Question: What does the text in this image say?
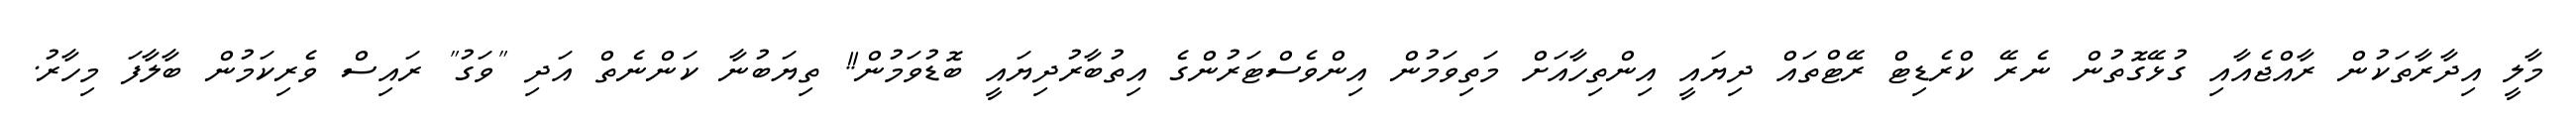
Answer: މާލީ އިދާރާތަކުން ރާއްޖެއާއި ގުޅޭގޮތުން ނެރޭ ކްރެޑިޓް ރޭޓްތައް ދިޔައީ އިންތިހާއަށް މަތިވަމުން އިންވެސްޓަރުންގެ އިތުބާރުދިޔައީ ބޮޑުވަމުން!! ތިޔަބުނާ ކަންނެތް އަދި "ވަގު" ރައިސް ވެރިކަމުން ބާލާފަ މިހާރު.